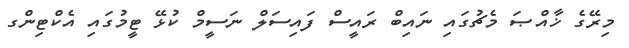
މިރޭގެ ޚާއްޞަ މެޗުގައި ނައިބް ރައީސް ފައިސަލް ނަސީމް ކުޅޭ ޓީމުގައި އެކްޓިންގ